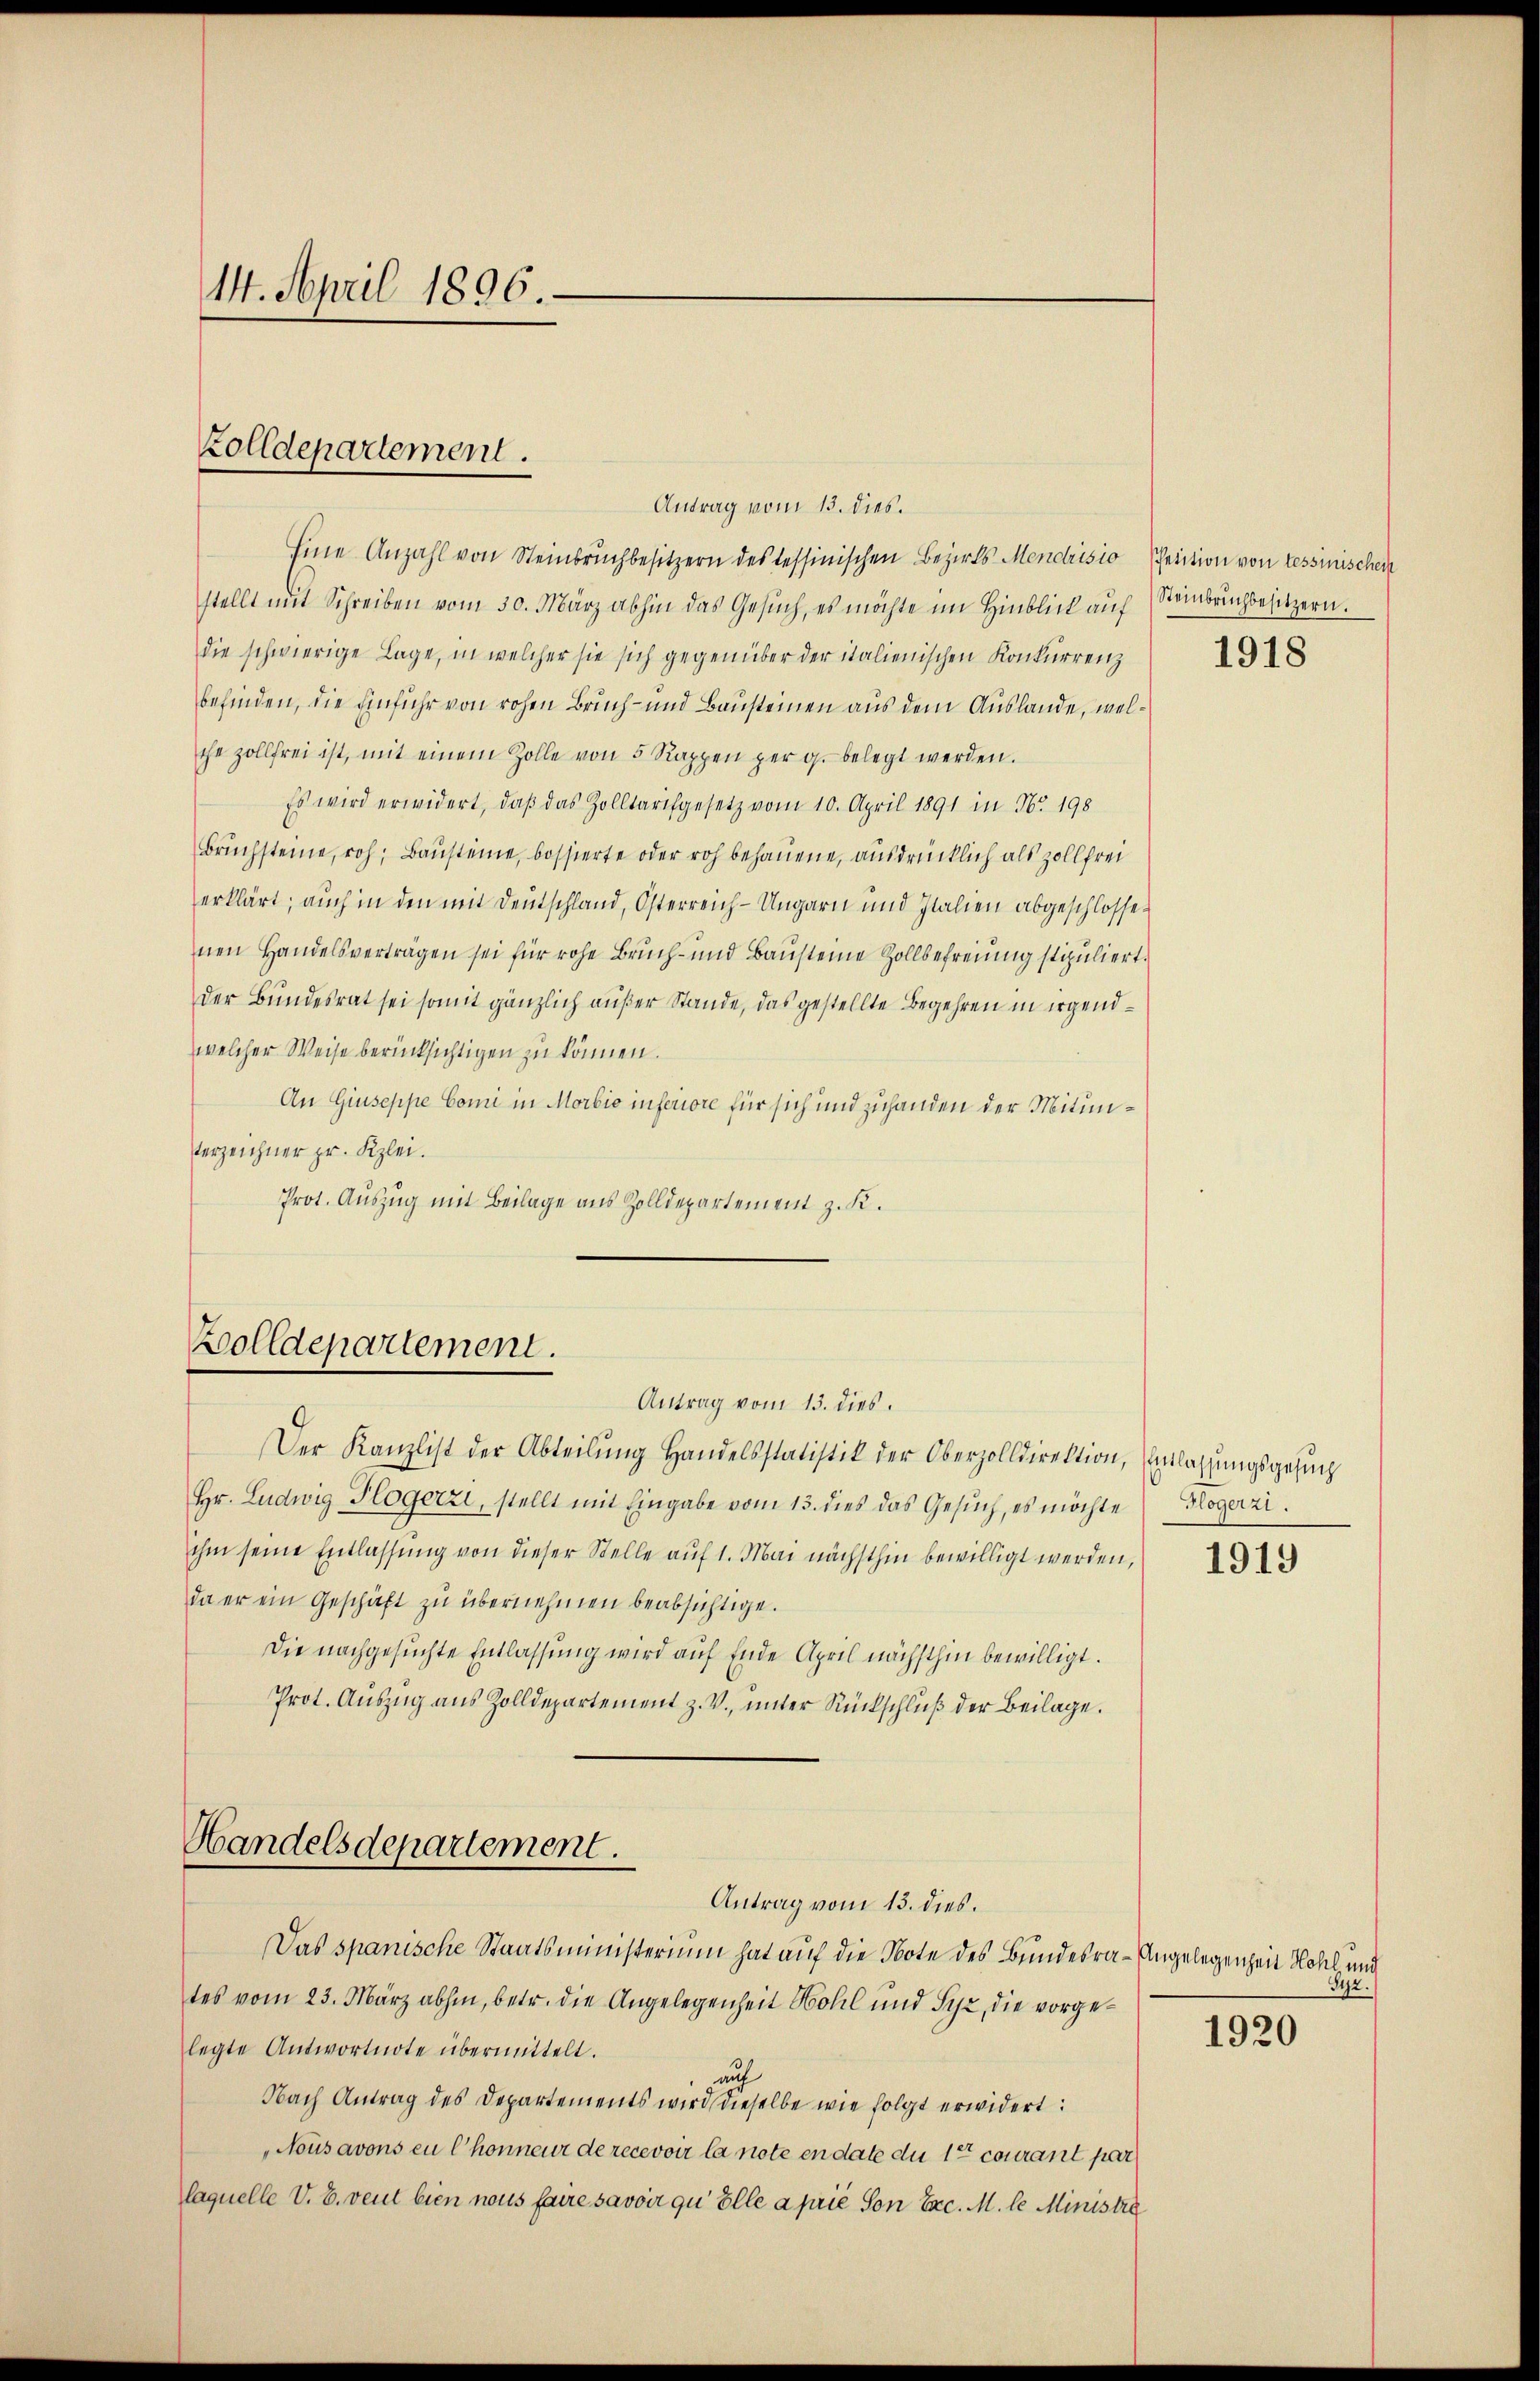
14. April 1896.

Antrag vom 13. dies.
Eine Anzahl von Steinbruchbesitzern des Tessinischen Bezirks- Mendrisio Petition von Tessinischen
stellt mit Schreiben vom 30. März abhin das Gesŭch, es möchte im Hinblick aŭf (Steinbruchbesitzern.
die schwierige Lage, in welcher sie sich gegenüber der italienischen Konkurrenz
befinden, die Einführ von rohen Bruch- und Bausteinen aus dem Auslande, welche zollfrei ist, mit einem Zolle von 5 Rappen per g. belegt werden.
Es wird erwidert, daß das Zolltarifgesetz vom 10. April 1891 in Nr. 198
Bruchsteine, roh, Bausteine bossierte oder roh behauene, ausdrücklich als Zollfrei
erklärt; auch in den mit Deutschland, Osterreich-Ungarn und Italien abgeschlossen
nen Handelsverträgen sei für rohe Bruch- und Bausteine Zollbefreiung stipuliert.
Der Bundesrat sei somit gänzlich außer Stande, das gestellte Begehren in irgendwelcher Weise berücksichtigen zu können.
An Giuseppe Comi in Morbio inferiore für sich und zuhanden der Mitun¬
Verzeichner pr. Kzlei.
Prot. Auszug mit Beilage aus Zolldepartement z. K.

Zolldepartement.

Zolldepartement.
Antrag vom 13. dies.

Der Kanzlist der Abteilŭng Handelsstatistik der Oberzolldirektion, Einlassŭngsgesŭch
Hr. Ludwig Plogerzi, stellt mit Eingabe vom 13. dies das Gesŭch, es möchte (Flogerzi
ihm seine Entlassung von dieser Stelle auf 1. Mai nächsthin bewilligt werden,
da er ein Geschäft zu übernehmen beabsichtige.
Die nachgesuchte Entlassung wird auf Ende April nächsthin bewilligt.
Prot. Auszug aus Zolldepartement z. V., unter Rückschluß der Beilage.

Handelsdepartement.
Antrag vom 13. dies.

Das spanische Staatsministerium hat auf die Note des Bundesra-Angelegenheit Kohl und
tes vom 23. März abhin, betr. die Angelegenheit Wohl und Syz, die vorgelegte Antwortnote übermittelt.
auch
Nach Antrag des Departements wird dieselbe wie folgt erwidert:
Nous avons en Chonneur de recevoir la note en date du 1te courant par
laquelle V. B. veut bien nous faire savoir qu ölle a prie Son Exc. M. le Ministre

1918

1919

Sije.

1920